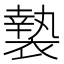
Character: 褺